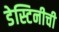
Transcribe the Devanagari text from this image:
डेस्टिनीची